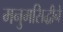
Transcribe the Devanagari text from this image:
मनुमसिद्धीने